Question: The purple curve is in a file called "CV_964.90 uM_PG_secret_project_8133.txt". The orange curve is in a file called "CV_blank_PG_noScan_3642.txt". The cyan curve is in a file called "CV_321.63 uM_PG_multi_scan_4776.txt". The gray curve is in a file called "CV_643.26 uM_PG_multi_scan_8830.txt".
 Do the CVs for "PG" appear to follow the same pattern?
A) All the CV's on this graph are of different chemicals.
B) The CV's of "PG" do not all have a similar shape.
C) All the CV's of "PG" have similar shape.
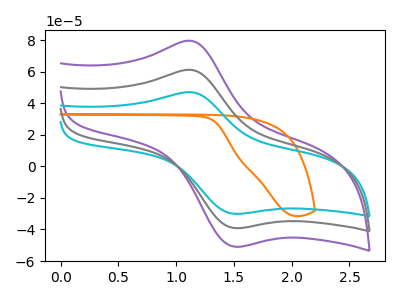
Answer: <think>The purple curve "PG 964.90 uM" has an anodic peak at (1.15V, 121.95uA) and a cathodic peak at (1.50V, -78.25uA). The orange curve "PG blank" has no peaks. The cyan curve "PG 321.63 uM" has an anodic peak at (1.15V, 46.85uA) and a cathodic peak at (1.50V, -30.05uA). The gray curve "PG 643.26 uM" has an anodic peak at (1.15V, 60.95uA) and a cathodic peak at (1.50V, -39.10uA).
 "PG 964.90 uM" and "PG blank" have a different number of peaks. All the peaks in "PG 964.90 uM" have a peak in "PG 321.63 uM" at the same potential. Every peak in "PG 964.90 uM" is higher than every peak in "PG 321.63 uM". All the peaks in "PG 964.90 uM" have a peak in "PG 643.26 uM" at the same potential. Every peak in "PG 964.90 uM" is higher than every peak in "PG 643.26 uM". "PG blank" and "PG 321.63 uM" have a different number of peaks. "PG blank" and "PG 643.26 uM" have a different number of peaks. All the peaks in "PG 321.63 uM" have a peak in "PG 643.26 uM" at the same potential. Every peak in "PG 321.63 uM" is lower than every peak in "PG 643.26 uM".</think>
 <answer>C) All the CV's of "PG" have similar shape.</answer>
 <eval>C</eval>